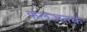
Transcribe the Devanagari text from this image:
फलजनक